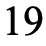
19